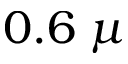
0 . 6 \; \mu